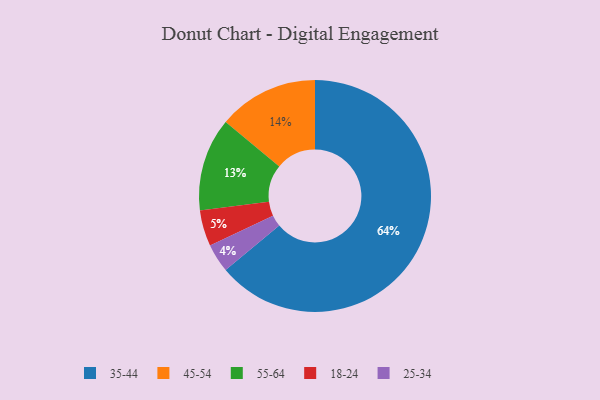
{"axis": {"x": "Category", "y": "Percentage"}, "legend": ["18-24", "25-34", "35-44", "45-54", "55-64"], "data": [{"x": "45-54", "y": 14, "type": "45-54"}, {"x": "18-24", "y": 5, "type": "18-24"}, {"x": "35-44", "y": 64, "type": "35-44"}, {"x": "25-34", "y": 4, "type": "25-34"}, {"x": "55-64", "y": 13, "type": "55-64"}]}